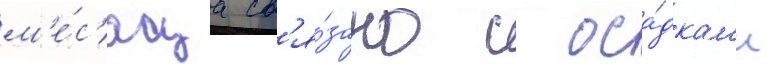
м'е́с'яца св'я́зано с оса́дкам'и